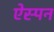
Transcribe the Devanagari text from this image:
ऐस्पन